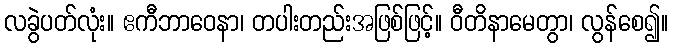
လခွဲပတ်လုံး။ ဧကီဘာဝေနာ၊ တပါးတည်းအဖြစ်ဖြင့်။ ဝီတိနာမေတွာ၊ လွန်စေ၍။